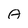
Character: A